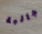
جالبة